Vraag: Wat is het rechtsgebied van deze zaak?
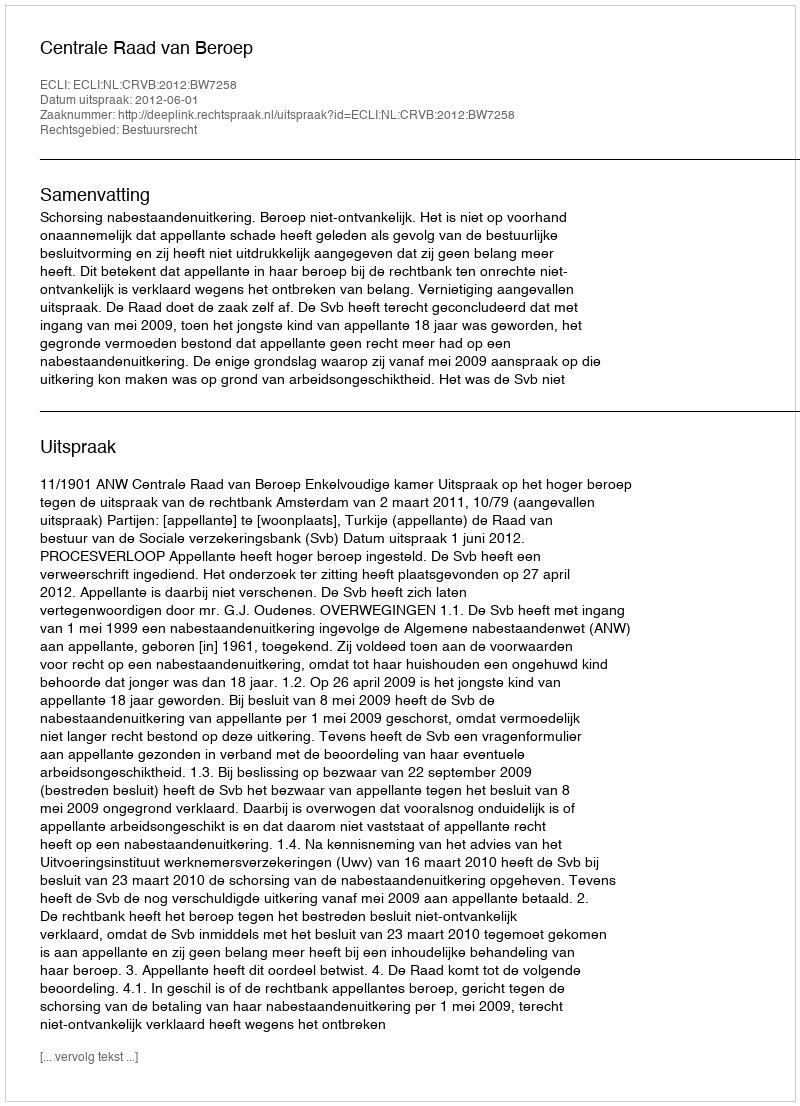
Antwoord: Bestuursrecht